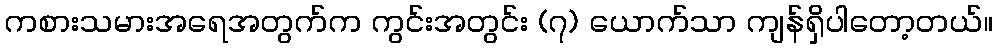
ကစားသမားအရေအတွက်က ကွင်းအတွင်း (၇) ယောက်သာ ကျန်ရှိပါတော့တယ်။